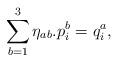
LaTeX: \begin{align*}\sum_{b=1}^{3}\eta_{ab}.p^{b}_{i}=q^{a}_{i},\end{align*}